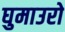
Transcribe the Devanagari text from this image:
घुमाउरो